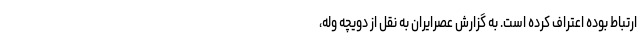
ارتباط بوده اعتراف کرده است. به گزارش عصرایران به نقل از دویچه وله،